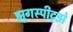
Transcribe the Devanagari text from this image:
झुगस्पीट्झे